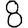
Digit: 8